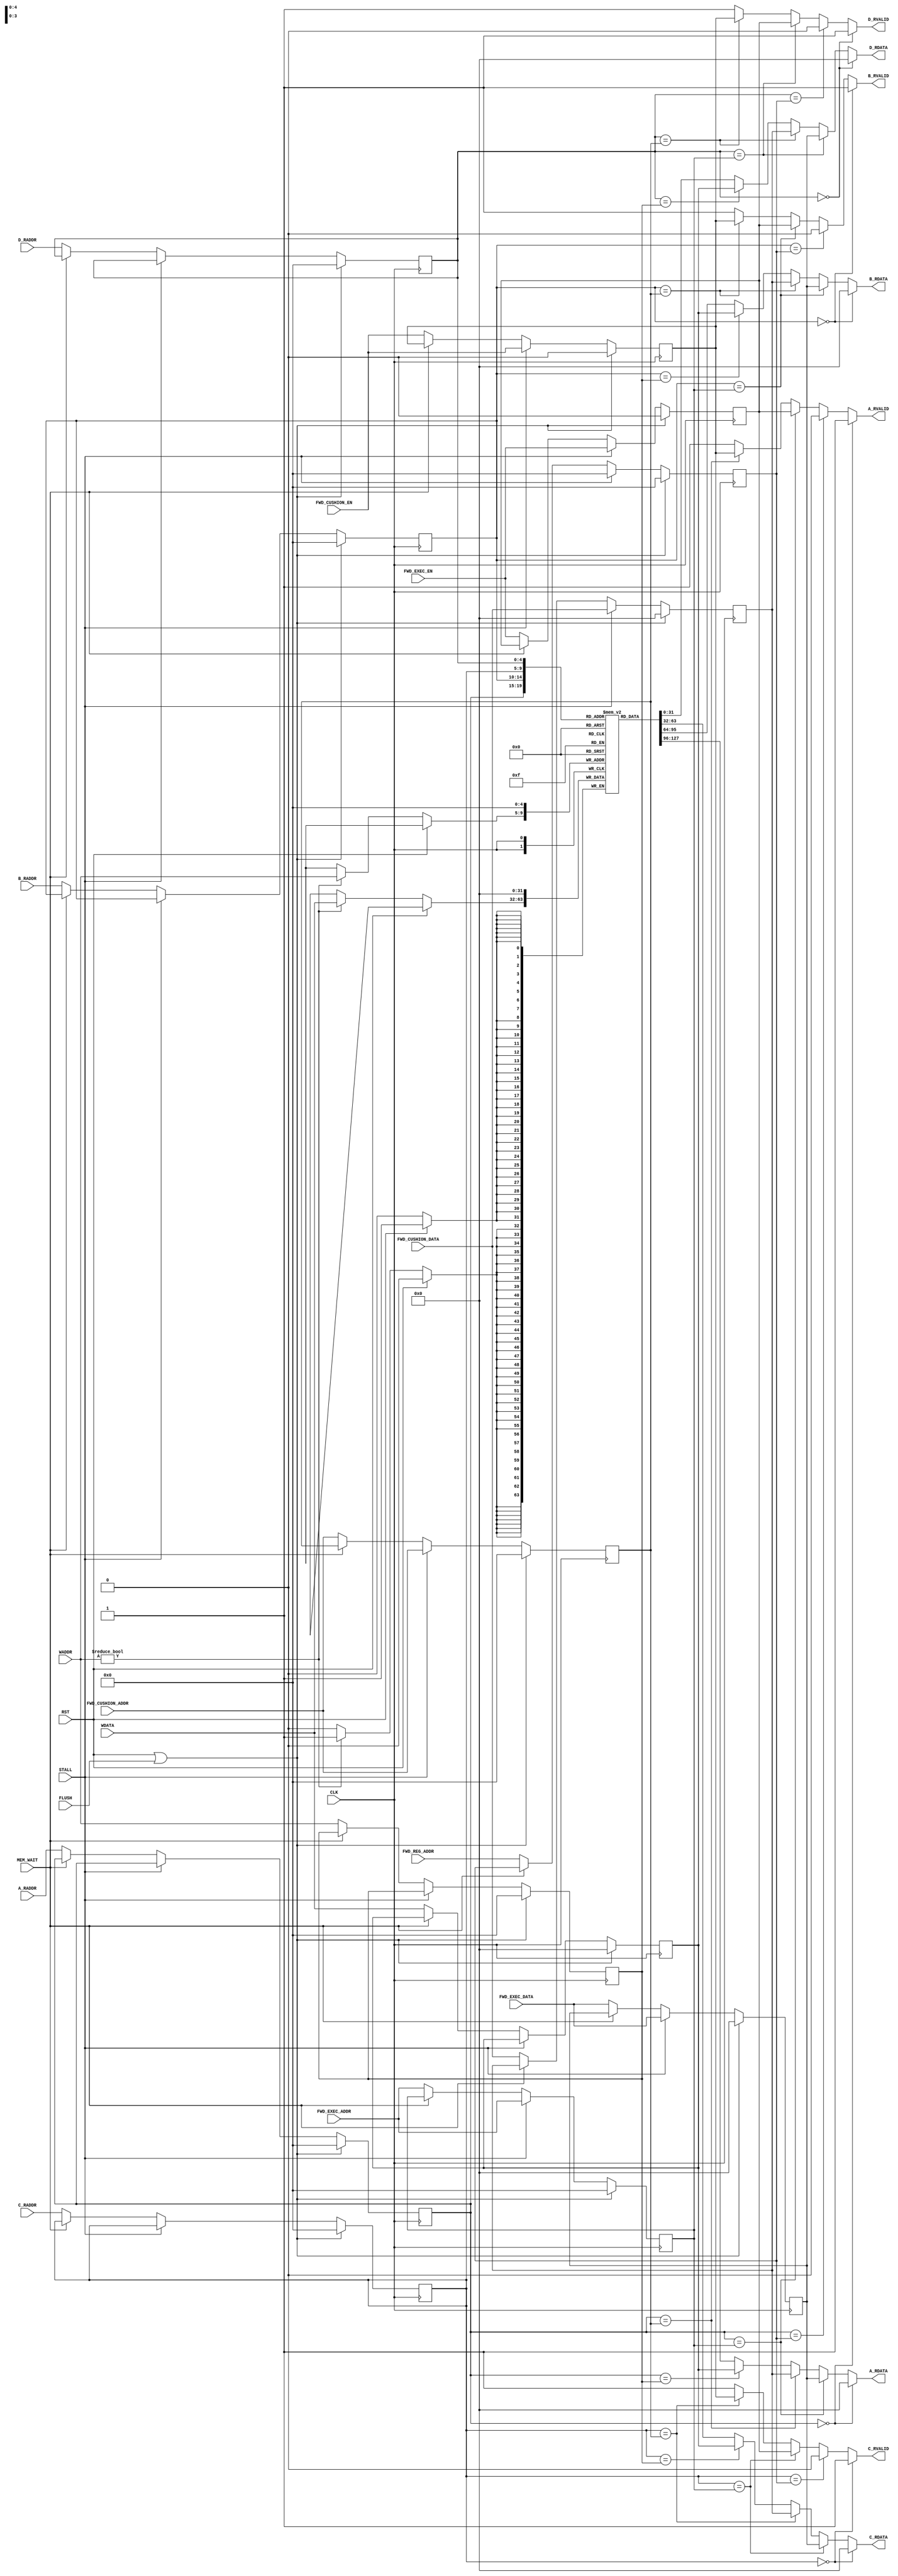
module reg_std_rv32i
    (
        /* -----  ----- */
        input wire          CLK,
        input wire          RST,
        input wire          FLUSH,
        input wire          STALL,
        input wire          MEM_WAIT,

        /* -----  ----- */
        // 
        input wire  [4:0]   A_RADDR,
        output wire         A_RVALID,
        output wire [31:0]  A_RDATA,

        input wire  [4:0]   B_RADDR,
        output wire         B_RVALID,
        output wire [31:0]  B_RDATA,

        input wire  [4:0]   C_RADDR,
        output wire         C_RVALID,
        output wire [31:0]  C_RDATA,

        input wire  [4:0]   D_RADDR,
        output wire         D_RVALID,
        output wire [31:0]  D_RDATA,

        // 
        input wire  [4:0]   WADDR,
        input wire  [31:0]  WDATA,

        /* -----  ----- */
        input wire  [4:0]   FWD_REG_ADDR,

        input wire          FWD_EXEC_EN,
        input wire  [4:0]   FWD_EXEC_ADDR,
        input wire  [31:0]  FWD_EXEC_DATA,

        input wire          FWD_CUSHION_EN,
        input wire  [4:0]   FWD_CUSHION_ADDR,
        input wire  [31:0]  FWD_CUSHION_DATA
    );

    /* -----  ----- */
    reg  [4:0]  a_raddr, b_raddr, c_raddr, d_raddr;
    reg  [4:0]  waddr, fwd_reg_addr, fwd_exec_addr, fwd_cushion_addr;
    reg  [31:0] wdata, fwd_exec_data, fwd_cushion_data;
    reg         fwd_exec_en, fwd_cushion_en;

    always @ (posedge CLK) begin
        if (RST || FLUSH) begin
            a_raddr <= 5'b0;
            b_raddr <= 5'b0;
            c_raddr <= 5'b0;
            d_raddr <= 5'b0;
            waddr <= 5'b0;
            wdata <= 32'b0;
            fwd_reg_addr <= 5'b0;
            fwd_exec_addr <= 5'b0;
            fwd_exec_data <= 32'b0;
            fwd_exec_en <= 1'b0;
            fwd_cushion_addr <= 5'b0;
            fwd_cushion_data <= 32'b0;
            fwd_cushion_en <= 1'b0;
        end
        else if (STALL) begin
            fwd_reg_addr <= 5'b0;
            fwd_exec_addr <= FWD_EXEC_ADDR;
            fwd_exec_data <= FWD_EXEC_DATA;
            fwd_exec_en <= FWD_EXEC_EN;
            fwd_cushion_addr <= FWD_CUSHION_ADDR;
            fwd_cushion_data <= FWD_CUSHION_DATA;
            fwd_cushion_en <= FWD_CUSHION_EN;
        end
        else if (MEM_WAIT) begin
            // do nothing
        end
        else begin
            a_raddr <= A_RADDR;
            b_raddr <= B_RADDR;
            c_raddr <= C_RADDR;
            d_raddr <= D_RADDR;
            waddr <= WADDR;
            wdata <= WDATA;
            fwd_reg_addr <= FWD_REG_ADDR;
            fwd_exec_addr <= FWD_EXEC_ADDR;
            fwd_exec_data <= FWD_EXEC_DATA;
            fwd_exec_en <= FWD_EXEC_EN;
            fwd_cushion_addr <= FWD_CUSHION_ADDR;
            fwd_cushion_data <= FWD_CUSHION_DATA;
            fwd_cushion_en <= FWD_CUSHION_EN;
        end
    end

    /* ----- (rv32i) ----- */
    reg [31:0] registers [0:31];

    // 
    assign A_RVALID = forwarding_check(a_raddr, fwd_reg_addr, fwd_exec_addr, fwd_exec_en, fwd_cushion_addr, fwd_cushion_en);
    assign A_RDATA  = forwarding(a_raddr, registers[a_raddr], fwd_exec_addr, fwd_exec_data, fwd_cushion_addr, fwd_cushion_data, waddr, wdata);

    assign B_RVALID = forwarding_check(b_raddr, fwd_reg_addr, fwd_exec_addr, fwd_exec_en, fwd_cushion_addr, fwd_cushion_en);
    assign B_RDATA  = forwarding(b_raddr, registers[b_raddr], fwd_exec_addr, fwd_exec_data, fwd_cushion_addr, fwd_cushion_data, waddr, wdata);

    assign C_RVALID = forwarding_check(c_raddr, fwd_reg_addr, fwd_exec_addr, fwd_exec_en, fwd_cushion_addr, fwd_cushion_en);
    assign C_RDATA  = forwarding(c_raddr, registers[c_raddr], fwd_exec_addr, fwd_exec_data, fwd_cushion_addr, fwd_cushion_data, waddr, wdata);

    assign D_RVALID = forwarding_check(d_raddr, fwd_reg_addr, fwd_exec_addr, fwd_exec_en, fwd_cushion_addr, fwd_cushion_en);
    assign D_RDATA  = forwarding(d_raddr, registers[d_raddr], fwd_exec_addr, fwd_exec_data, fwd_cushion_addr, fwd_cushion_data, waddr, wdata);

    function forwarding_check;
        input [4:0]     target_addr;
        input [4:0]     reg_addr;
        input [4:0]     exec_addr;
        input           exec_en;
        input [4:0]     cushion_addr;
        input           cushion_en;

        case (target_addr)
            5'b0:           forwarding_check = 1'b1;
            reg_addr:       forwarding_check = 1'b0;
            exec_addr:      forwarding_check = exec_en;
            cushion_addr:   forwarding_check = cushion_en;
            default:        forwarding_check = 1'b1;
        endcase
    endfunction

    function [31:0] forwarding;
        input [4:0]     target_addr;
        input [31:0]    target_data;
        input [4:0]     exec_addr;
        input [31:0]    exec_data;
        input [4:0]     cushion_addr;
        input [31:0]    cushion_data;
        input [4:0]     memr_addr;
        input [31:0]    memr_data;

        case (target_addr)
            5'b0:           forwarding = 32'b0;
            exec_addr:      forwarding = exec_data;
            cushion_addr:   forwarding = cushion_data;
            memr_addr:      forwarding = memr_data;
            default:        forwarding = target_data;
        endcase
    endfunction

    // 
    always @ (posedge CLK) begin
        if (RST)
            registers[0] <= 32'b0;
        else if (WADDR != 5'b0)
            registers[WADDR] <= WDATA;
    end

endmodule